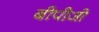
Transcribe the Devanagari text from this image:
बीपीजी